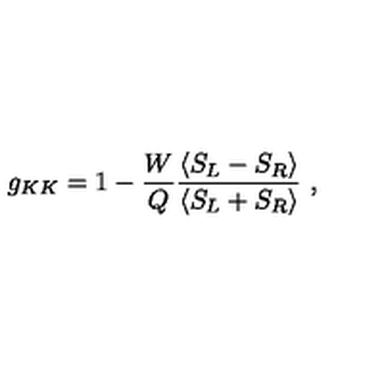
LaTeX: g _ { K K } = 1 - { \frac { W } { Q } } { \frac { \langle S _ { L } - S _ { R } \rangle } { \langle S _ { L } + S _ { R } \rangle } } \ ,